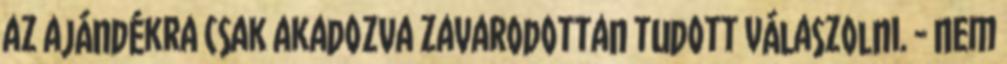
az ajándékra csak akadozva zavarodottan tudott válaszolni. - Nem